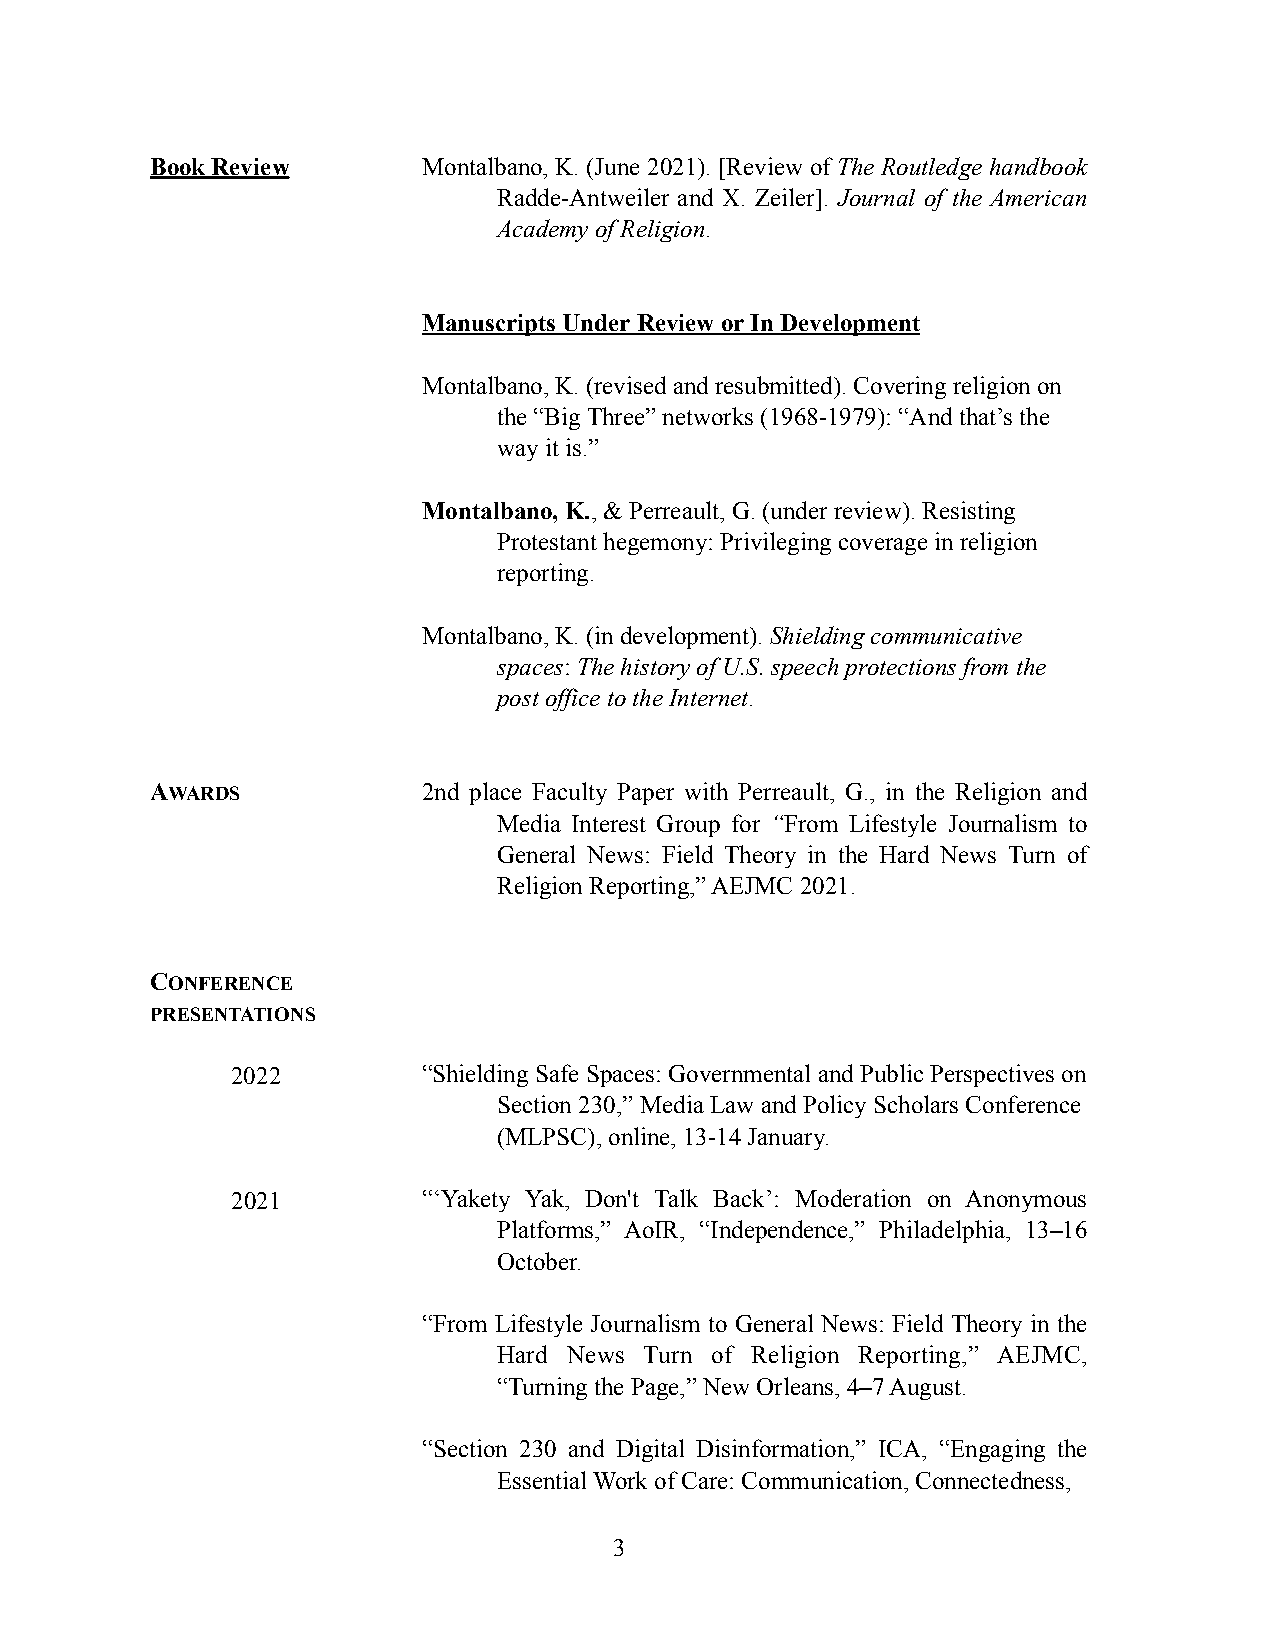
Book Review       Montalbano, K. (June 2021). [Review of The Routledge handbook
 Radde-Antweiler and X. Zeiler]. Journal of the American
 Academy of Religion.
 Manuscripts Under Review or In Development
 Montalbano, K. (revised and resubmitted). Covering religion on
 the “Big Three” networks (1968-1979): “And that’s the
 way it is.”
 Montalbano, K., & Perreault, G. (under review). Resisting
 Protestant hegemony: Privileging coverage in religion
 reporting.
 Montalbano, K. (in development). Shielding communicative
 spaces: The history of U.S. speech protections from the
 post office to the Internet.
 AWARDS            2nd place Faculty Paper with Perreault, G., in the Religion and
 Media Interest Group for “From Lifestyle Journalism to
 General News: Field Theory in the Hard News Turn of
 Religion Reporting,” AEJMC 2021.
 CONFERENCE
 PRESENTATIONS
 2022         “Shielding Safe Spaces: Governmental and Public Perspectives on
 Section 230,” Media Law and Policy Scholars Conference
 (MLPSC), online, 13-14 January.
 2021         “‘Yakety Yak, Don't Talk Back’: Moderation on Anonymous
 Platforms,” AoIR, “Independence,” Philadelphia, 13–16
 October.
 “From Lifestyle Journalism to General News: Field Theory in the
 Hard News Turn of Religion Reporting,” AEJMC,
 “Turning the Page,” New Orleans, 4–7 August.
 “Section 230 and Digital Disinformation,” ICA, “Engaging the
 Essential Work of Care: Communication, Connectedness,
 3